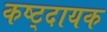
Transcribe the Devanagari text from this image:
कष्ट्दायक